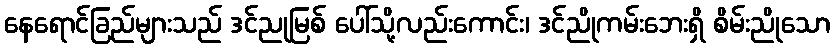
နေရောင်ခြည်များသည် ဒင်ညုမြစ် ပေါ်သို့လည်းကောင်း၊ ဒင်ညိုကမ်းဘေးရှိ စိမ်းညိုသော